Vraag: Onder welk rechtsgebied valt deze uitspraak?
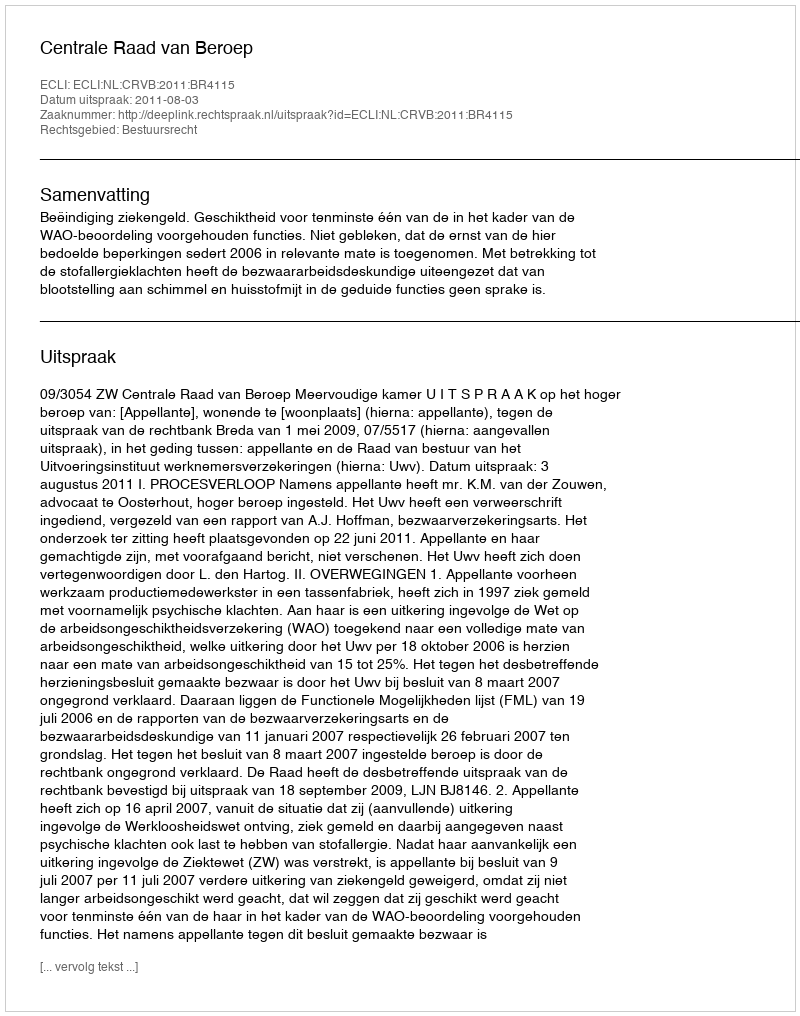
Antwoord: Bestuursrecht